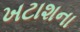
ખટાશના